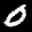
Label: 0